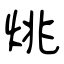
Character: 烑